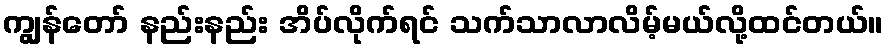
ကျွန်တော် နည်းနည်း အိပ်လိုက်ရင် သက်သာလာလိမ့်မယ်လို့ထင်တယ်။